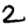
Digit: 2